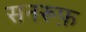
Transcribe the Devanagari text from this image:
सनरूफ़